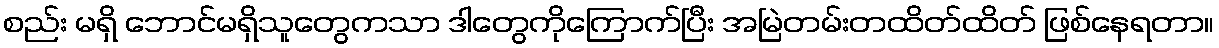
စည်း မရှိ ဘောင်မရှိသူတွေကသာ ဒါတွေကိုကြောက်ပြီး အမြဲတမ်းတထိတ်ထိတ် ဖြစ်နေရတာ။